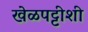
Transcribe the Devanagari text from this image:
खेळपट्टीशी